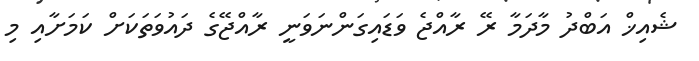
ޝެއިޚް އަބްދު މާދަމާ ރޭ ރާއްޖެ ވަޑައިގަންނަވަނީ ރާއްޖޭގެ ދައުވަތަކަށް ކަމަށާއި މި